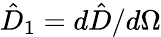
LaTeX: \hat{D}_{1}=d\hat{D}/d\Omega